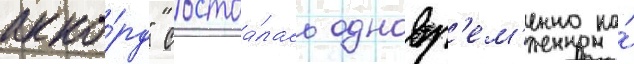
акко́рд" состоа́лась одновр'ем'енно на́